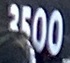
3500